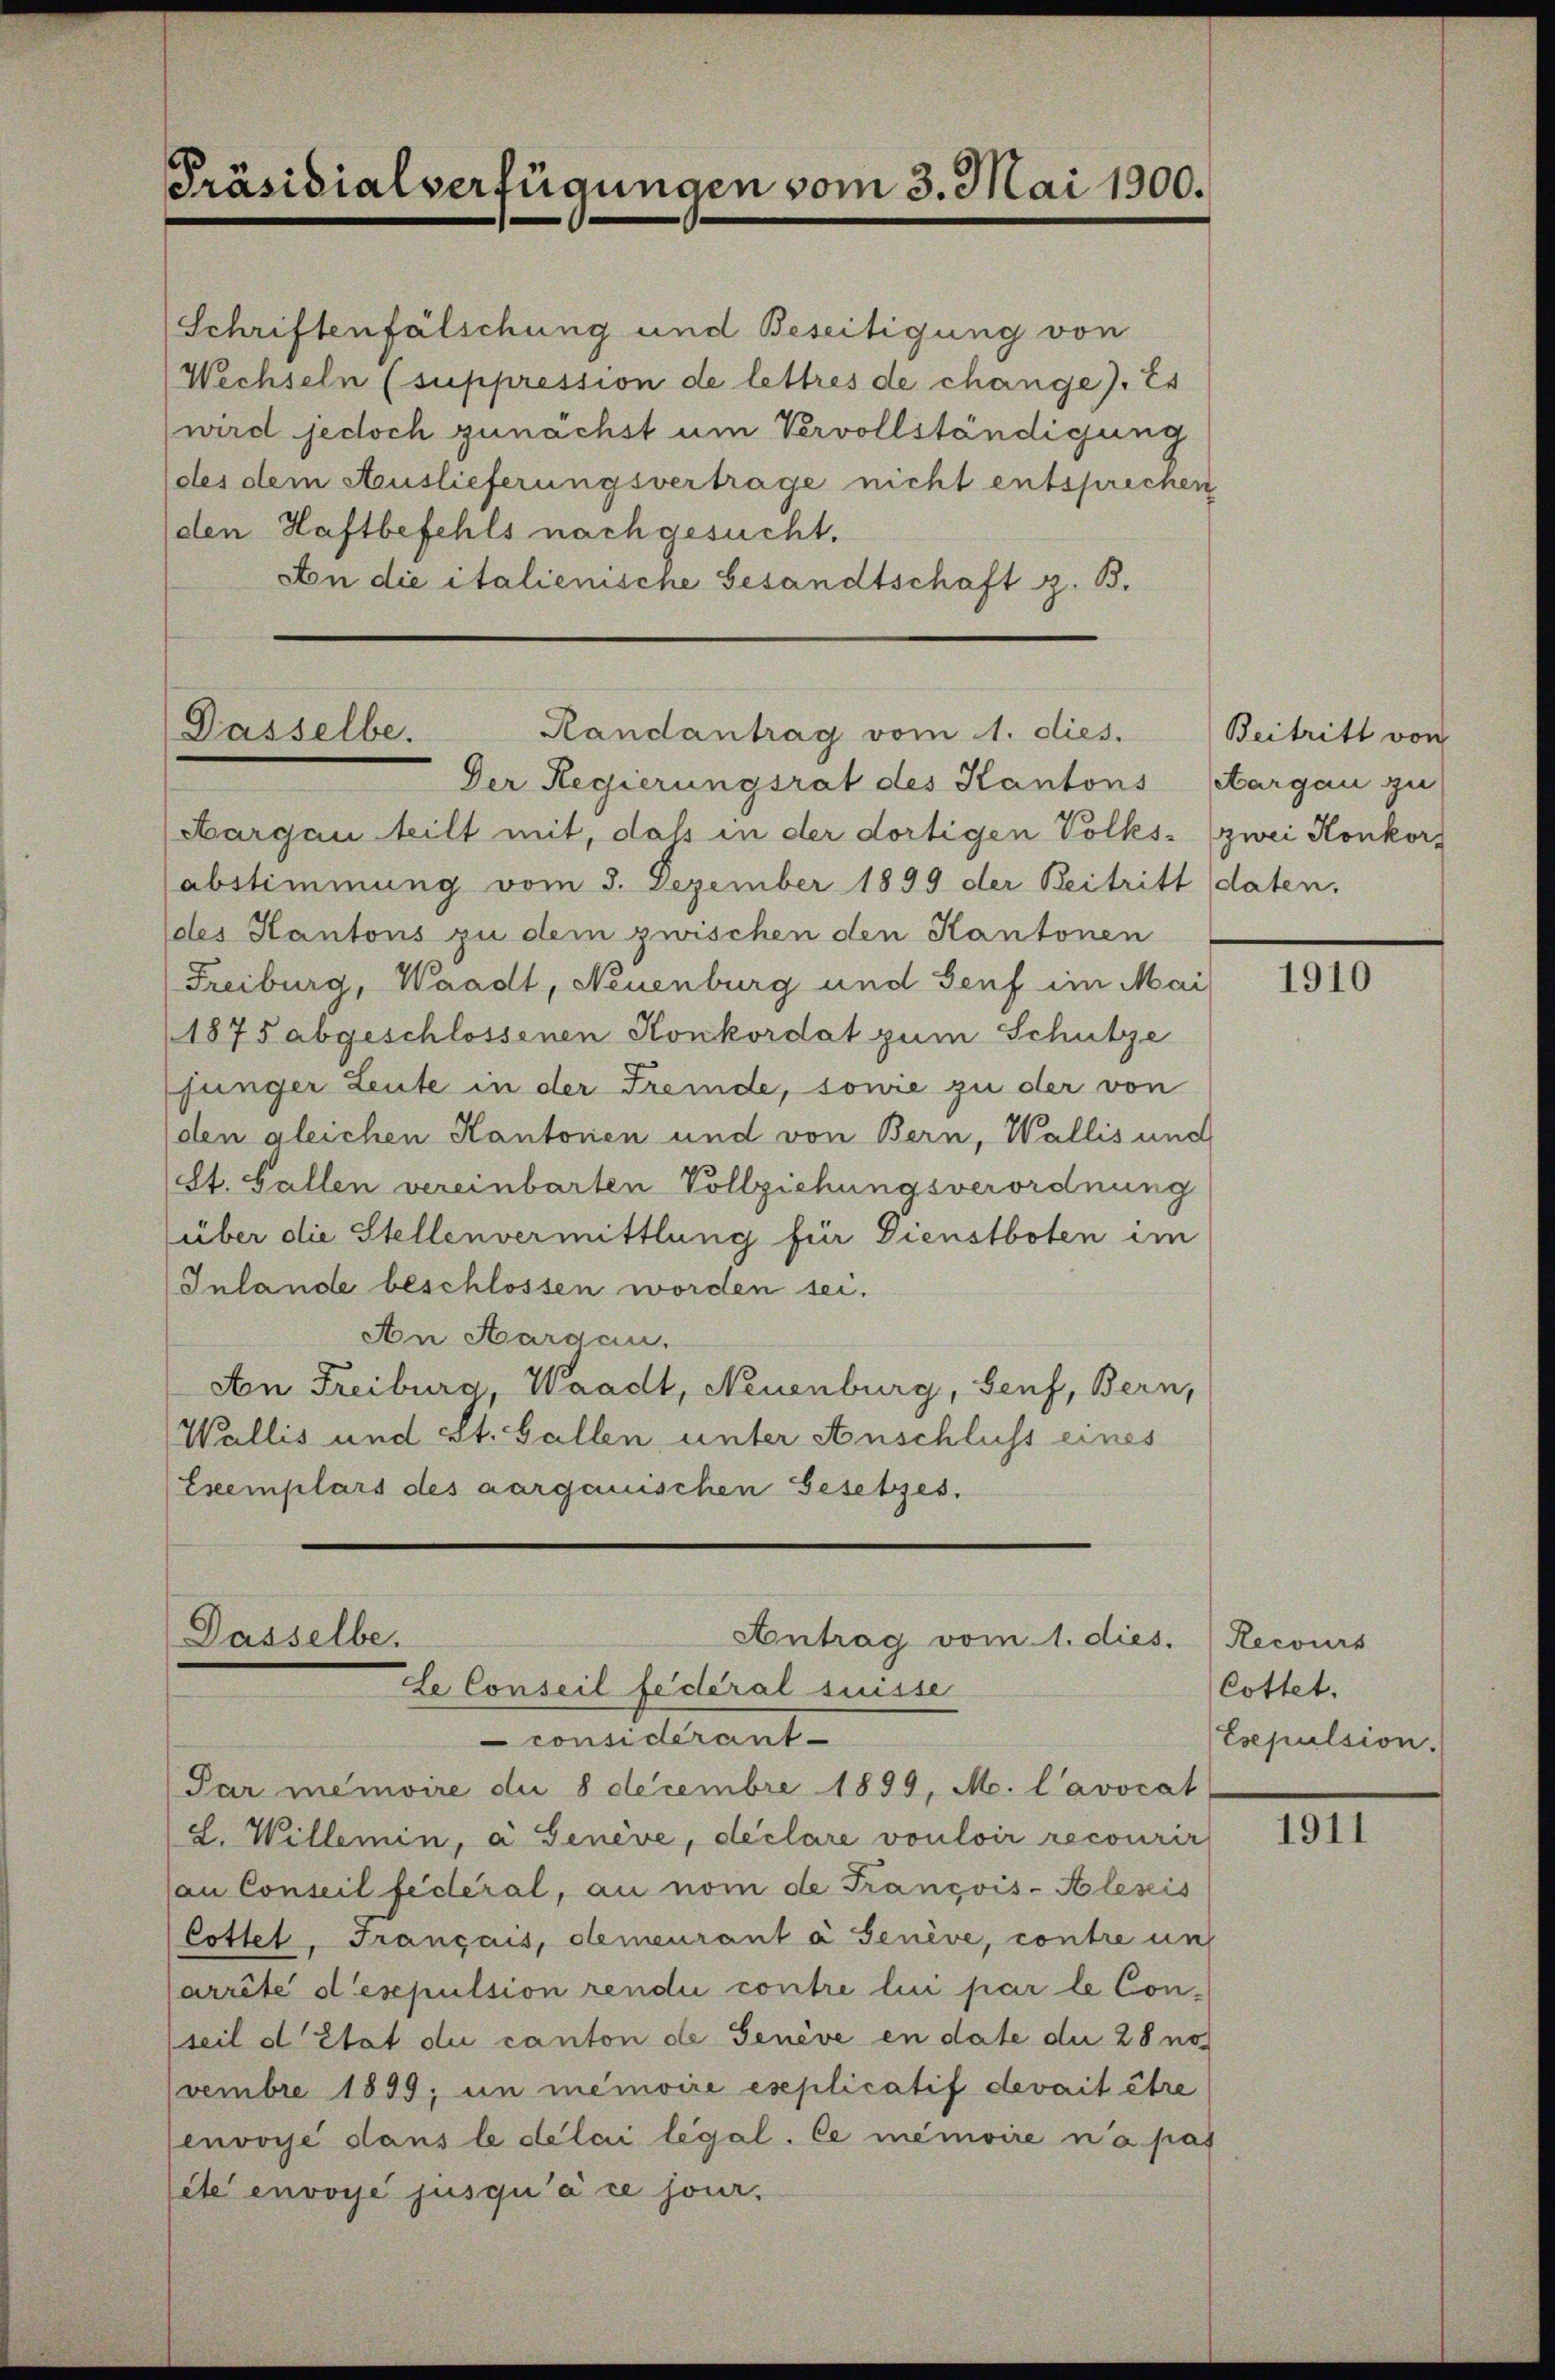
Präsidialverfügungen vom 3. Mai 1900.

Schriftenfälschung und Beseitigung von
Wechseln (suppression de lettres de change). Er
wird jedoch zunächst um Vervollständigung
(des dem Auslieferungsvertrage nicht entsprechen
(den Haftbefehls nach gesucht.
An die italienische Gesandtschaft z. B.

Randantrag vom 1. dies.
Dasselbe.
Der Regierungsrat des Kantons

Par memoire die 8 decembre 1899, M. L’avocat
(L. Willemin, a Genève, declare vouloir recourir
an Conseil fédéral, an nom de François-Klesis
Cottet, Français, demeurant à senève, contre un
Carrête desepulsion rendii contre lui par le Conseil d’Etat du canton de Genève en date die 28 no
vembre 1899; um memoire eseplicatif devait être
envoyé dans le délai legal. Ce mémoire n’a pas
lete envoyé jusqu’à ce sour.

Dasselbe.
Antrag vom 1. dies. (Recours
Le Conseil fédéral suisse
considérant-

Aargau teilt mit, daß in der dortigen Volks- zwei Konkor
abstimmung vom 3. Dezember 1899 der Beitritt daten.
des Kantons zu dem zwischen den Kantonen
Freiburg, Waadt, Neuenburg und Senf im Mai
1875 abgeschlossenen Konkordat zum Schutze
jünger Leute in der Fremde, sowie zu der von
den gleichen Kantonen und von Bern, Wallis und
St. Gallen vereinbarten Vollziehungsverordnung
über die Stellenvermittlung für Dienstboten im
Inlande beschlossen worden sei.
An Aargau.
An Freiburg, Waadt, Neuenburg, Senf, Bern,
Wallis und St. Gallen unter Anschluss eines
Exemplars des aargauischen Gesetzes.

Beitritt von
Aargau zu

1910

Cottet.
Esepulsion.

1911